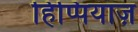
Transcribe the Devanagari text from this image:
हिप्पियाज़